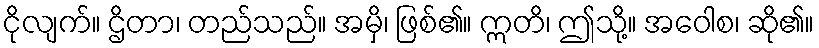
ငိုလျက်။ ဌိတာ၊ တည်သည်။ အမှိ၊ ဖြစ်၏။ ဣတိ၊ ဤသို့။ အဝေါစ၊ ဆို၏။